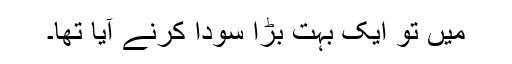
میں تو ایک بہت بڑا سودا کرنے آیا تھا۔